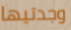
وجدتيها